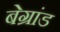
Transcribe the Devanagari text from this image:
बेग्रांड